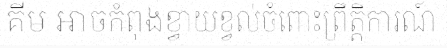
គីម អាចកំពុងខ្វាយខ្វល់ចំពោះព្រឹត្តិការណ៍